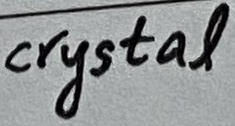
Text: crystal